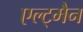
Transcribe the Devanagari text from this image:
एल्ट्मैन